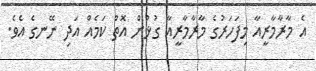
އެ މާރާމާރީއާ މިފަހަރުގެ މާރާމާރީއާ ގުޅުން އޮތް ކަމެއް އަދި ނޭނގެ އެވެ.